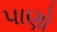
પાણો